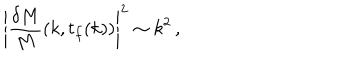
\left| { \frac { \delta M } { M } } ( k , t _ { f } ( k ) ) \right| ^ { 2 } \sim k ^ { 2 } \, ,